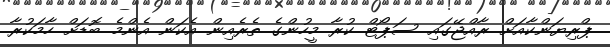
ޕްރިޔަންކާއަށް ރާއްޖޭގައި ސަޕޯޓް ކުރާ މީހުންގެ ތެރެއިން އެކަން އެންމެ ބޮޑަށް ހާމަކުރާ